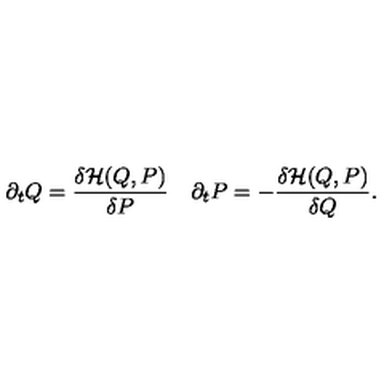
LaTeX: \partial _ { t } Q = \frac { \delta { \cal H } ( Q , P ) } { \delta P } \quad \partial _ { t } P = - \frac { \delta { \cal H } ( Q , P ) } { \delta Q } .